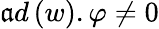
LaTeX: \mathfrak{a}d\left(w\right).\varphi\neq0